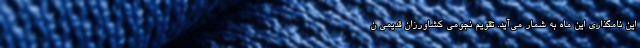
این نامگذاری این ماه به شمار می‌آید. تقویم نجومی کشاورزان قدیمی ن